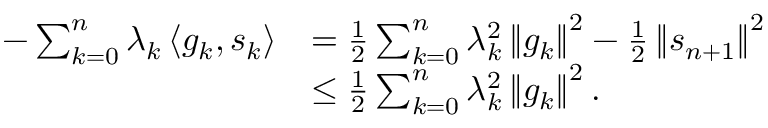
\begin{array} { r l } { - \sum _ { k = 0 } ^ { n } \lambda _ { k } \left\langle g _ { k } , s _ { k } \right\rangle } & { = \frac { 1 } { 2 } \sum _ { k = 0 } ^ { n } \lambda _ { k } ^ { 2 } \left\Vert g _ { k } \right\Vert ^ { 2 } - \frac { 1 } { 2 } \left\Vert s _ { n + 1 } \right\Vert ^ { 2 } } \\ & { \leq \frac { 1 } { 2 } \sum _ { k = 0 } ^ { n } \lambda _ { k } ^ { 2 } \left\Vert g _ { k } \right\Vert ^ { 2 } . } \end{array}